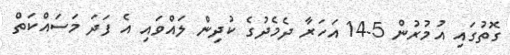
ގޮތުގައި އުމުރުން 5-14 އަހަރާ ދެމެދުގެ ކުދިން ލައްވައި އެ ފަދަ މަސައްކަތް